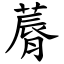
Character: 䔚